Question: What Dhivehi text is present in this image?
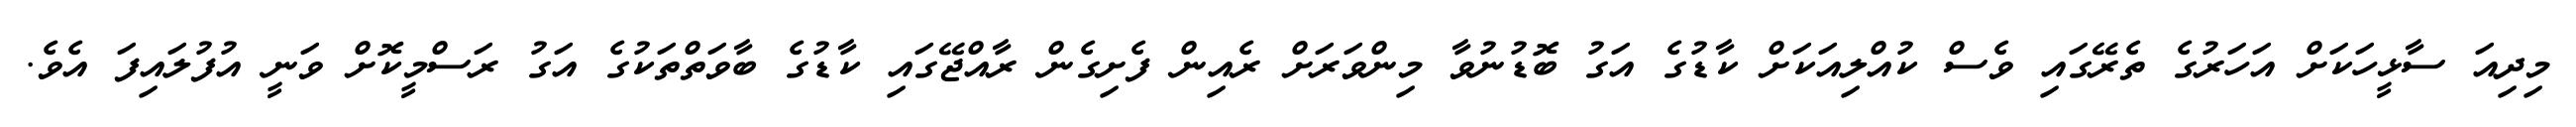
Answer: މިދިއަ ސާޅީހަކަށް އަހަރުގެ ތެރޭގައި ވެސް ކުއްލިއަކަށް ކާޑުގެ އަގު ބޮޑުނުވާ މިންވަރަށް ރެއިން ފެށިގެން ރާއްޖޭގައި ކާޑުގެ ބާވަތްތަކުގެ އަގު ރަސްމީކޮށް ވަނީ އުފުލައިފަ އެވެ.